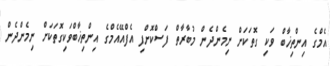
އެމްގެ އިންތިޚާބް ވަކި ގޮތަކަށް ނިމެންދެން މުބާރާތް ފަސްކޮށްފި އެފްއޭއެމްގެ އިންތިޚާބްވަކިގޮތަކަށް ނިމެންދެން